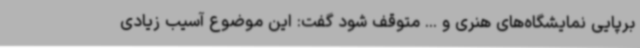
برپایی نمایشگاه‌های هنری و ... متوقف شود گفت: این موضوع آسیب زیادی